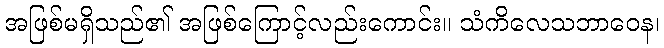
အဖြစ်မရှိသည်၏ အဖြစ်ကြောင့်လည်းကောင်း။ သံကိလေသဘာဝေန၊